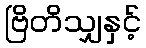
ဗြိတိသျှနှင့်